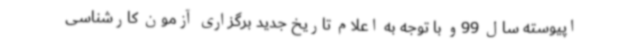
اپیوسته سال 99و با توجه به اعلام تاریخ جدید برگزاری آزمون کارشناسی